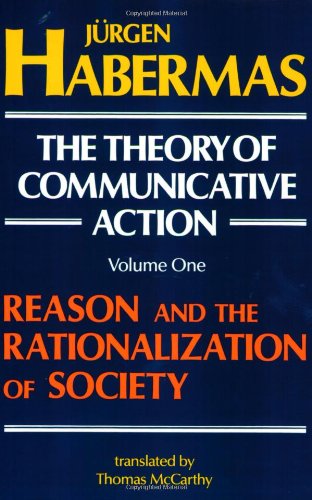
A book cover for The Theory of Communicative Action, Volume 1: Reason and the Rationalization of Society; JÃ¼rgen Habermas; Politics & Social Sciences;